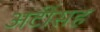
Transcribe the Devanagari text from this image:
अटींसह